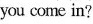
you come in?